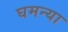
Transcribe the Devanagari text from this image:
घमन्या